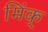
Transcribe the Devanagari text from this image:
मिंक्